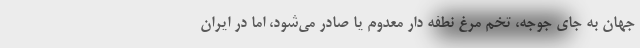
جهان به جای جوجه، تخم مرغ نطفه دار معدوم یا صادر می‌شود، اما در ایران